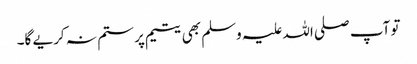
تو آپ صلی اللہ علیہ وسلم بھی یتیم پر ستم نہ کریے گا۔